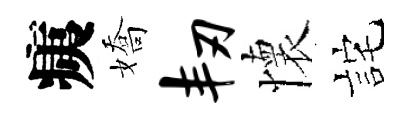
痍嬌韧懷詫